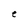
Character: e